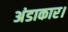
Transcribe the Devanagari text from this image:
अंडाकार।